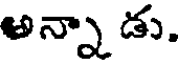
అన్నా డు.